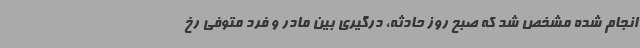
انجام شده مشخص شد که صبح روز حادثه، درگیری بین مادر و فرد متوفی رخ